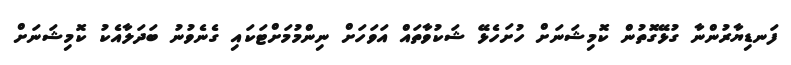
ފަނޑިޔާރުންނާ ގުޅޭގޮތުން ކޮމިޝަނަށް ހުށަހެޅޭ ޝަކުވާތައް އަވަހަށް ނިންމުމަށްޓަކައި ގެނެވުނު ބަދަލާއެކު ކޮމިޝަނަށް